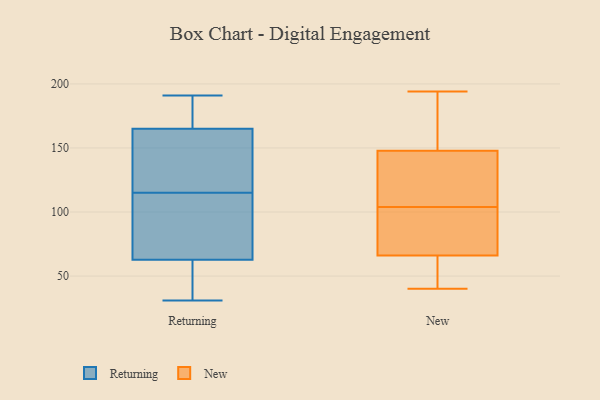
{"axis": {"x": "Net Income (USD K)", "y": "Value"}, "legend": ["New", "Returning"], "data": [{"x": "", "y": 32, "type": "Returning"}, {"x": "", "y": 115, "type": "Returning"}, {"x": "", "y": 191, "type": "Returning"}, {"x": "", "y": 82, "type": "Returning"}, {"x": "", "y": 162, "type": "Returning"}, {"x": "", "y": 176, "type": "Returning"}, {"x": "", "y": 158, "type": "Returning"}, {"x": "", "y": 50, "type": "Returning"}, {"x": "", "y": 33, "type": "Returning"}, {"x": "", "y": 67, "type": "Returning"}, {"x": "", "y": 31, "type": "Returning"}, {"x": "", "y": 87, "type": "Returning"}, {"x": "", "y": 156, "type": "Returning"}, {"x": "", "y": 189, "type": "Returning"}, {"x": "", "y": 130, "type": "Returning"}, {"x": "", "y": 174, "type": "Returning"}, {"x": "", "y": 93, "type": "Returning"}, {"x": "", "y": 101, "type": "New"}, {"x": "", "y": 104, "type": "New"}, {"x": "", "y": 92, "type": "New"}, {"x": "", "y": 172, "type": "New"}, {"x": "", "y": 143, "type": "New"}, {"x": "", "y": 194, "type": "New"}, {"x": "", "y": 150, "type": "New"}, {"x": "", "y": 160, "type": "New"}, {"x": "", "y": 49, "type": "New"}, {"x": "", "y": 40, "type": "New"}, {"x": "", "y": 95, "type": "New"}, {"x": "", "y": 49, "type": "New"}, {"x": "", "y": 147, "type": "New"}, {"x": "", "y": 67, "type": "New"}, {"x": "", "y": 63, "type": "New"}, {"x": "", "y": 111, "type": "New"}, {"x": "", "y": 137, "type": "New"}]}